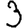
Digit: 3